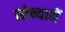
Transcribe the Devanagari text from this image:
सोन्यानें